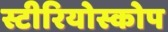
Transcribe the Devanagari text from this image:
स्टीरियोस्कोप